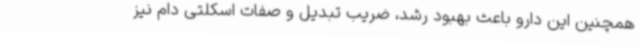
همچنین این دارو باعث بهبود رشد، ضریب تبدیل و صفات اسکلتی دام نیز